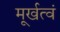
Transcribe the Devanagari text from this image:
मूर्खत्वं